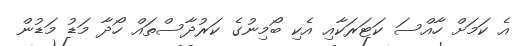
އެ ކަމަށް ހާއްސަ ކަޓަރަކާއި އެކި ބޯމިނުގެ ކަރުދާސްތައް ހޯދާ މަޑު މަޑުން